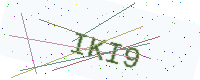
Text: IKI9